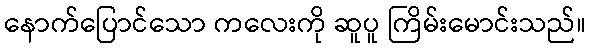
နောက်ပြောင်သော ကလေးကို ဆူပူ ကြိမ်းမောင်းသည်။